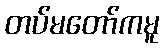
တပ်မတော်ကမူ